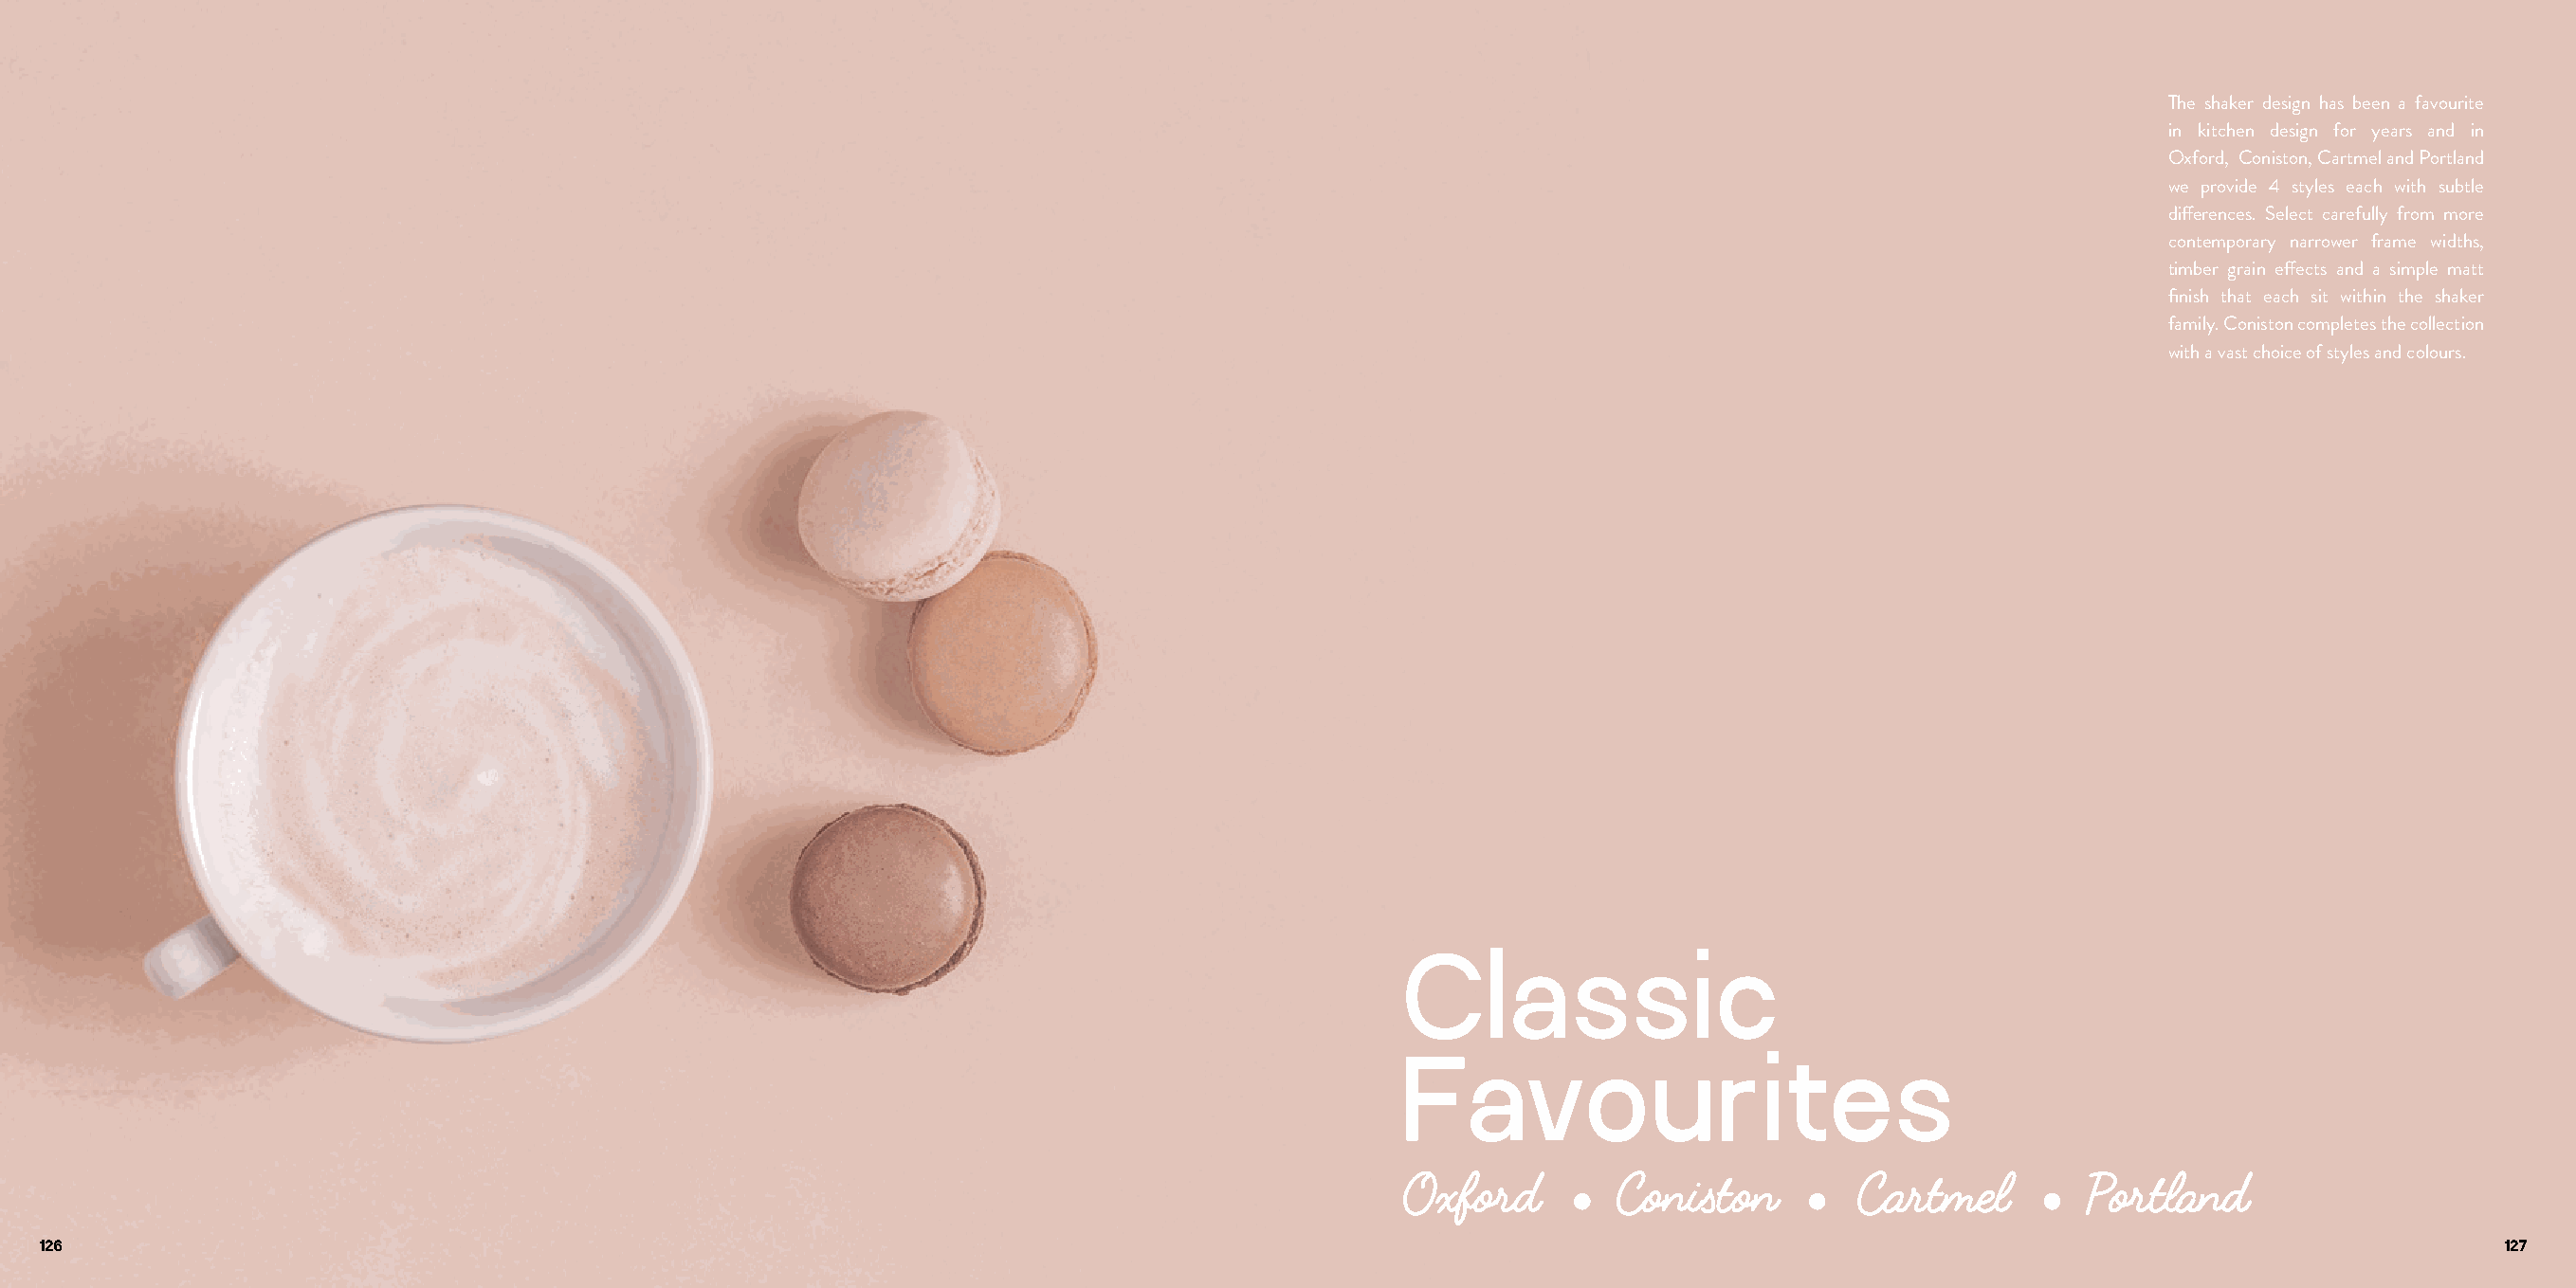
The shaker design has been a favourite
 in kitchen design for years and in
 Oxford, Coniston, Cartmel and Portland
 we provide 4 styles each with subtle
 differences. Select carefully from more
 contemporary narrower frame widths,
 timber grain effects and a simple matt
 finish that each sit within the shaker
 family. Coniston completes the collection
 with a vast choice of styles and colours.
 Classic
 Favourites
 126                                                                                                                                                                         127